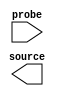

module issp (
	source,
	probe);	

	output	[22:0]	source;
	input	[63:0]	probe;
endmodule